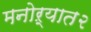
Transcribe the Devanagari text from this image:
मनोऱ्यात२